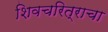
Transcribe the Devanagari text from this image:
शिवचरित्राचा